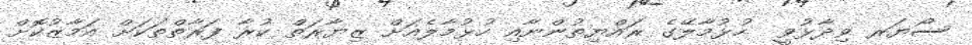
ސޯޔަރ ވިދާޅުވީ  ހުޅުމާލޭގެ ރައްޔިތުންނާއި ހުޅުމާލެއަށް ޒިޔާރަތް ކުރާ ފަރާތްތަކަށް އަމާޒުކޮށް